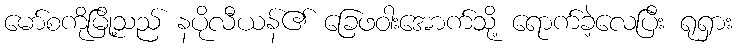
မော်စကိုမြို့သည် နပိုလီယန်၏ ခြေဖဝါးအောက်သို့ ရောက်ခဲ့လေပြီး ရုရှား